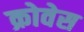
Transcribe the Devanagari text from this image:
क्रोवेस